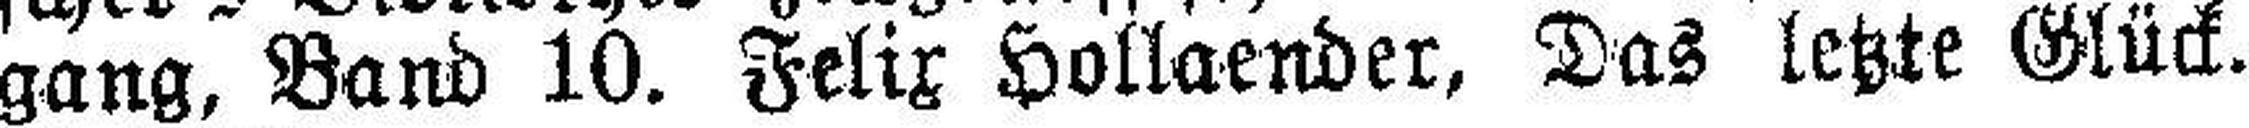
gang, Band 10. Felix Hollaender, Das letzte Glück.